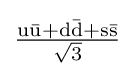
{\tfrac {\mathrm {u{\bar {u}}+d{\bar {d}}+s{\bar {s}}} }{\sqrt {3}}}